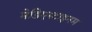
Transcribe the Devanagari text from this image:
मेडिएस्टाइनम